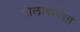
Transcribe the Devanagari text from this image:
पोलादापेक्षा